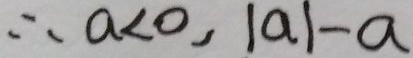
\therefore a < 0 , \vert a \vert - a